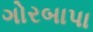
ગોરબાપા